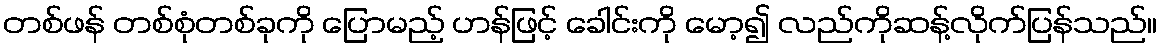
တစ်ဖန် တစ်စုံတစ်ခုကို ပြောမည့် ဟန်ဖြင့် ခေါင်းကို မော့၍ လည်ကိုဆန့်လိုက်ပြန်သည်။